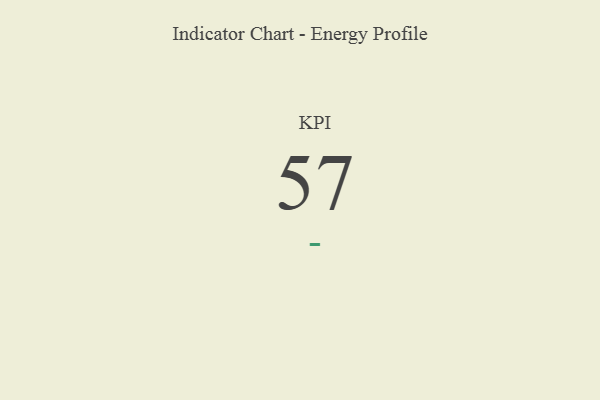
{"axis": {"x": "KPI", "y": "Value"}, "legend": [""], "data": [{"x": "KPI", "y": 57, "type": ""}]}